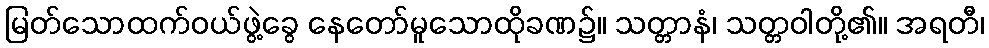
မြတ်သောထက်ဝယ်ဖွဲ့ခွေ နေတော်မူသောထိုခဏ၌။ သတ္တာနံ၊ သတ္တဝါတို့၏။ အရတီ၊